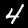
Digit: 4